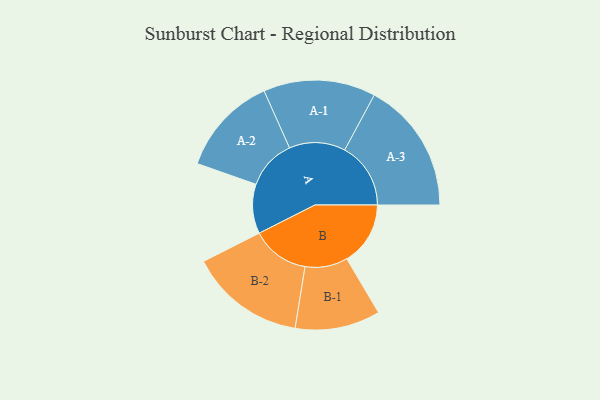
{"axis": {"x": "Segment", "y": "Value"}, "legend": ["", "A", "B"], "data": [{"x": "A", "y": 223, "type": ""}, {"x": "B", "y": 287, "type": ""}, {"x": "A-1", "y": 253, "type": "A"}, {"x": "A-2", "y": 225, "type": "A"}, {"x": "A-3", "y": 298, "type": "A"}, {"x": "B-1", "y": 192, "type": "B"}, {"x": "B-2", "y": 261, "type": "B"}]}